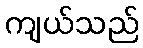
ကျယ်သည်